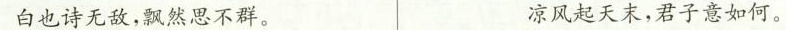
白也诗无敌，飘然思不群。 凉风起天末，君子意如何。